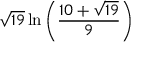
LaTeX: { \sqrt { 1 9 } } \ln \left( { \frac { 1 0 + { \sqrt { 1 9 } } } { 9 } } \right)